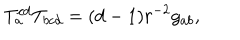
T _ { a } ^ { c d } T _ { b c d } = ( d - 1 ) r ^ { - 2 } g _ { a b } ,